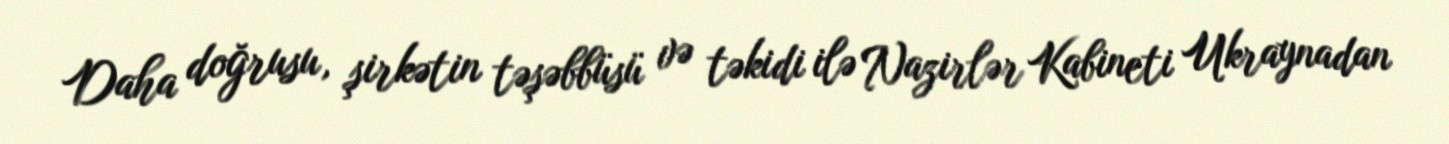
Daha doğrusu, şirkətin təşəbbüsü və təkidi ilə Nazirlər Kabineti Ukraynadan